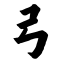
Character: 弓